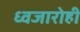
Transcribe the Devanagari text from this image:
ध्वजारोही